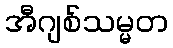
အီဂျစ်သမ္မတ